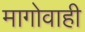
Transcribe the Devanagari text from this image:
मागोवाही